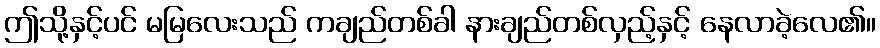
ဤသို့နှင့်ပင် မမြလေးသည် ကချည်တစ်ခါ နားချည်တစ်လှည့်နှင့် နေလာခဲ့လေ၏။